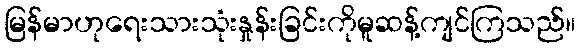
မြန်မာဟုရေးသားသုံးနှုန်းခြင်းကိုမူဆန့်ကျင်ကြသည်။